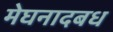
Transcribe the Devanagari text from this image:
मेघनादबध